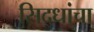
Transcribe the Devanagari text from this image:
सिद्धांचा